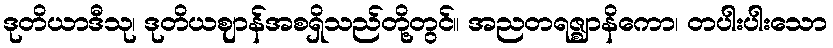
ဒုတိယာဒီသု၊ ဒုတိယဈာန်အစရှိသည်တို့တွင်။ အညတရဇ္ဈာနိကော၊ တပါးပါးသော